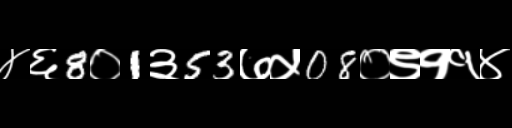
Text: ४६8०1३53७५08०९११४